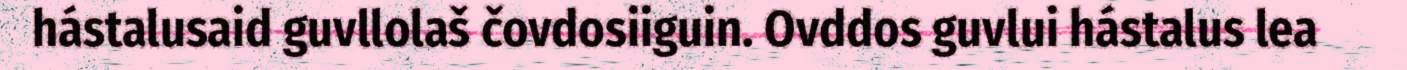
hástalusaid guvllolaš čovdosiiguin. Ovddos guvlui hástalus lea